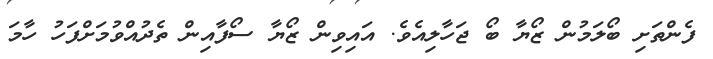
ފެންތަށި ބޯލަމުން ޒޯޔާ ބޯ ޖަހާލިއެވެ. އައިވިން ޒޯޔާ ސޯފާއިން ތެދުއްވުމަށްފަހު ހާމަ